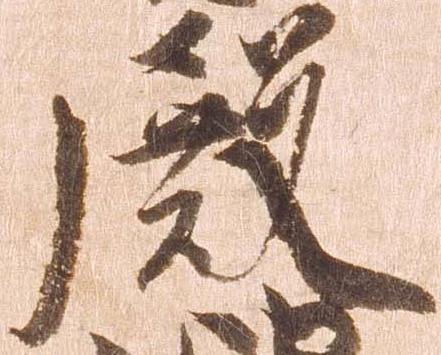
殿